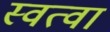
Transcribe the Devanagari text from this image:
स्वत्वा